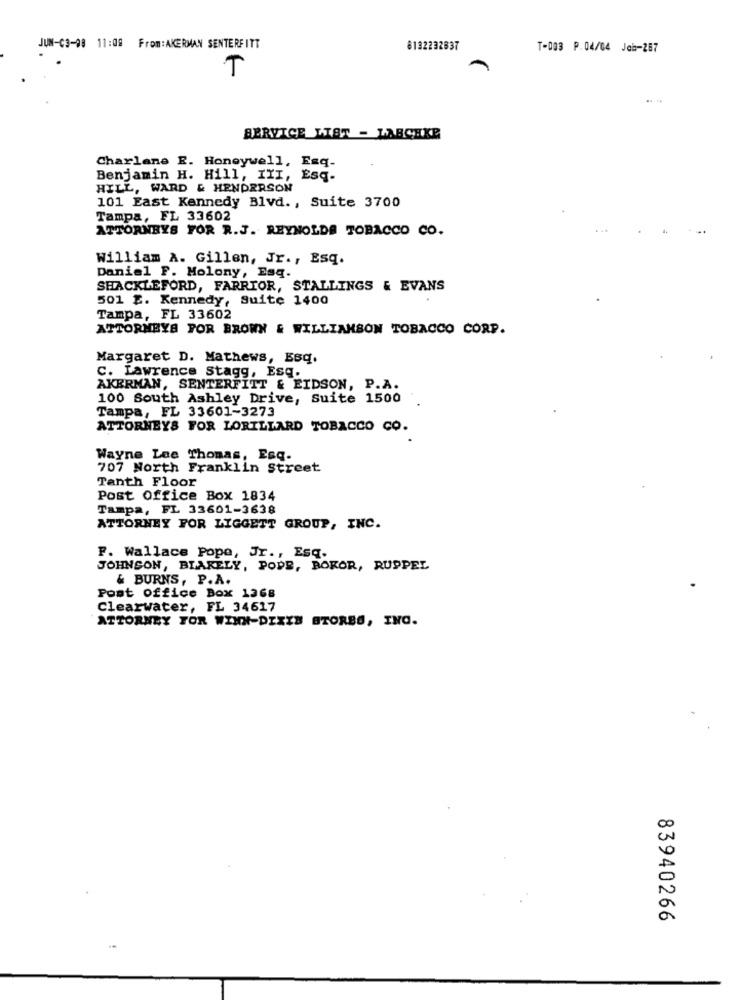
JUN-03-98 11:08 From: AKERMAN SENTERFITT
8132232837
T-003 P. 04/64 Job-287
T
...
SERVICE LIST - LABCHKE
Charlane E. Honeywell, Esq.
Benjamin H. Hill, IYI, Esq.
HILL, WARD & HENDERSON
101 East Kennedy Blvd ., Suite 3700
Tampa, FL 33602
ATTORNEYS FOR R.J. REYNOLDS TOBACCO CO.
William A. Gillen, Jr ., Esq.
Daniel F. Molony, Esq.
SHACKLEFORD, FARRIOR, STALLINGS & EVANS
501 E. Kennedy, Suite 1400
Tampa, FL 33602
ATTORNEYS POR BROWN & WILLIAMSON TOBACCO CORP.
Margaret D. Mathews, Esq.
C. Lawrence Stagg, Esq.
AKERMAN, SENTERFITT & EIDSON, P.A.
100 South Ashley Drive, Suite 1500
Tampa, FL 33601-3273
ATTORNEYS FOR LORILLARD TOBACCO CO.
Wayne Lee Thomas, Esq.
707 North Franklin Street
Tanth Floor
Post office Box 1834
Tampa, FL 33601-3638
ATTORNEY FOR LIGGETT GROUP, INC.
P. Wallace Pope, Jr ., Esq.
JOHNSON, BLAKELY, PODE, BOKOR, RUPPEL
& BURNS, P.A.
Post office Box 1368
Clearwater, FL 34617
ATTORNEY TOR WINN-DIXIE STORES, INC.
83940266